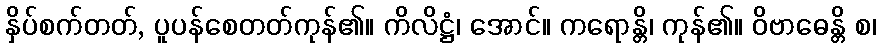
နှိပ်စက်တတ်, ပူပန်စေတတ်ကုန်၏။ ကိလိဋ္ဌံ၊ အောင်။ ကရောန္တိ၊ ကုန်၏။ ဝိဗာဓေန္တိ စ၊